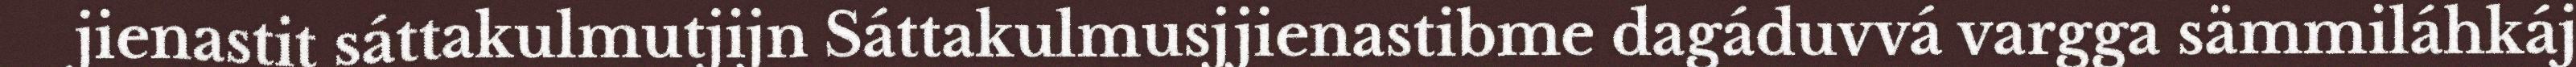
jienastit sáttakulmutjijn Sáttakulmusjjienastibme dagáduvvá vargga sämmiláhkáj